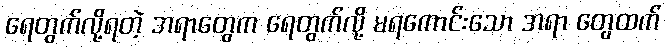
ရေတွက်လို့ရတဲ့ အရာတွေက ရေတွက်လို့ မရကောင်းသော အရာ တွေထက်